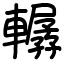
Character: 轏